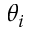
\theta _ { i }